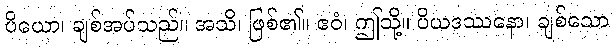
ပိယော၊ ချစ်အပ်သည်။ အသိ၊ ဖြစ်၏။ ဧဝံ၊ ဤသို့။ ပိယဒဿနော၊ ချစ်သော